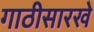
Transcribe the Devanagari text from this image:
गाठीसारखे